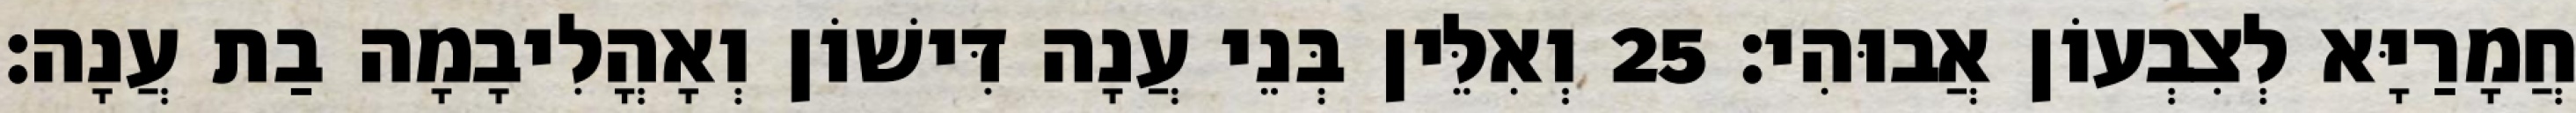
חֲמָרַיָּא לְצִבְעוֹן אֲבוּהִי׃ 25 וְאִלֵּין בְּנֵי עֲנָה דִּישׁוֹן וְאָהֳלִיבָמָה בַת עֲנָה׃